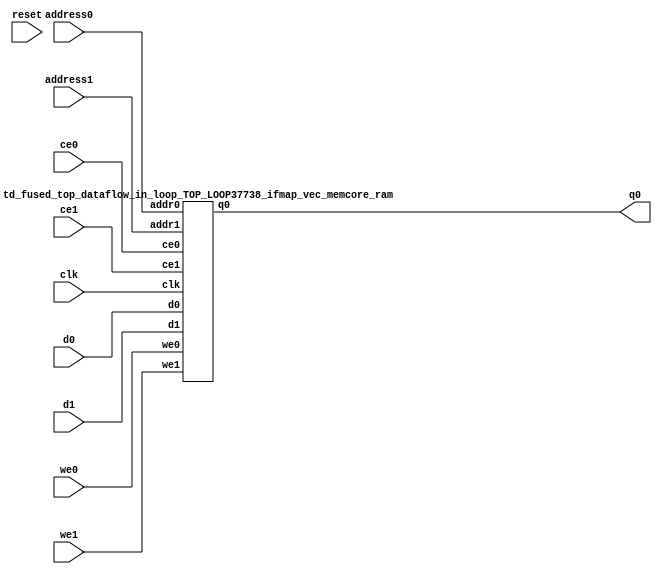
`define EXPONENT 5
`define MANTISSA 10
`define ACTUAL_MANTISSA 11
`define EXPONENT_LSB 10
`define EXPONENT_MSB 14
`define MANTISSA_LSB 0
`define MANTISSA_MSB 9
`define MANTISSA_MUL_SPLIT_LSB 3
`define MANTISSA_MUL_SPLIT_MSB 9
`define SIGN 1
`define SIGN_LOC 15
`define DWIDTH (`SIGN+`EXPONENT+`MANTISSA)
`define IEEE_COMPLIANCE 1

module td_fused_top_dataflow_in_loop_TOP_LOOP37738_ifmap_vec_memcore(
    reset,
    clk,
    address0,
    ce0,
    we0,
    d0,
    q0,
    address1,
    ce1,
    we1,
    d1);

parameter DataWidth = 32'd16;
parameter AddressRange = 32'd144;
parameter AddressWidth = 32'd8;
input reset;
input clk;
input[AddressWidth - 1:0] address0;
input ce0;
input we0;
input[DataWidth - 1:0] d0;
output[DataWidth - 1:0] q0;
input[AddressWidth - 1:0] address1;
input ce1;
input we1;
input[DataWidth - 1:0] d1;



td_fused_top_dataflow_in_loop_TOP_LOOP37738_ifmap_vec_memcore_ram td_fused_top_dataflow_in_loop_TOP_LOOP37738_ifmap_vec_memcore_ram_U(
    .clk( clk ),
    .addr0( address0 ),
    .ce0( ce0 ),
    .we0( we0 ),
    .d0( d0 ),
    .q0( q0 ),
    .addr1( address1 ),
    .ce1( ce1 ),
    .we1( we1 ),
    .d1( d1 )
);

endmodule
module td_fused_top_dataflow_in_loop_TOP_LOOP37738_ifmap_vec_memcore_ram (addr0, ce0, d0, we0, q0, addr1, ce1, d1, we1,  clk);

parameter DWIDTH = 16;
parameter AWIDTH = 8;
parameter MEM_SIZE = 144;

input[AWIDTH-1:0] addr0;
input ce0;
input[DWIDTH-1:0] d0;
input we0;
output reg[DWIDTH-1:0] q0;
input[AWIDTH-1:0] addr1;
input ce1;
input[DWIDTH-1:0] d1;
input we1;
input clk;

reg [DWIDTH-1:0] ram[MEM_SIZE-1:0];




always @(posedge clk)  
begin 
    if (ce0) begin
        if (we0) 
            ram[addr0] <= d0; 
        q0 <= ram[addr0];
    end
end


always @(posedge clk)  
begin 
    if (ce1) begin
        if (we1) 
            ram[addr1] <= d1; 
    end
end


endmodule